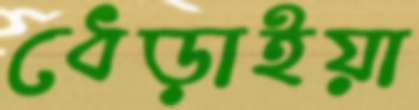
ধেড়াইয়া